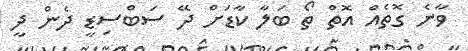
ވާނެ ގޮތެއް އޮތް ތޯ ބަލާ ކާޑަށް ދޭ ސަބްސިޑީ ދެން ދީ